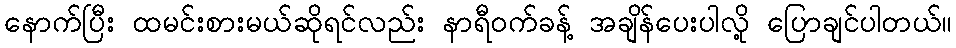
နောက်ပြီး ထမင်းစားမယ်ဆိုရင်လည်း နာရီဝက်ခန့် အချိန်ပေးပါလို့ ပြောချင်ပါတယ်။